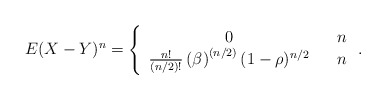
\begin{align*}E(X-Y)^{n}\allowbreak =\allowbreak \left\{ \begin{array}{ccc}0 & & n \\ \frac{n!}{(n/2)!}\left( \beta \right) ^{\left( n/2\right) }(1-\rho )^{n/2} & & n\end{array}\right. . \end{align*}